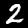
Digit: 2